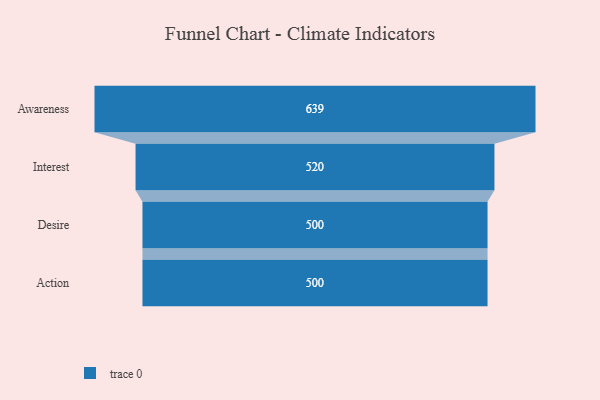
{"axis": {"x": "Stage", "y": "Value"}, "legend": [""], "data": [{"x": "Awareness", "y": 639.0, "type": ""}, {"x": "Interest", "y": 520.0, "type": ""}, {"x": "Desire", "y": 500, "type": ""}, {"x": "Action", "y": 500, "type": ""}]}